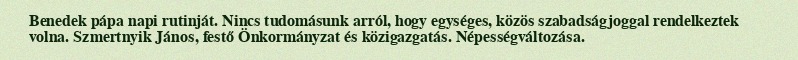
Benedek pápa napi rutinját. Nincs tudomásunk arról, hogy egységes, közös szabadságjoggal rendelkeztek volna. Szmertnyik János, festő Önkormányzat és közigazgatás. Népességváltozása.